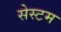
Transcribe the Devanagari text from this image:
सेस्टम